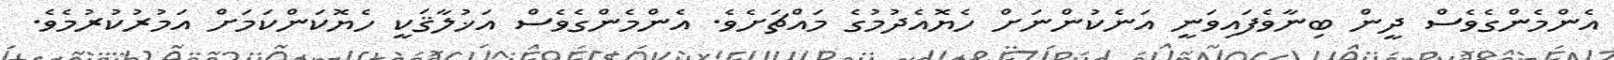
އެންމެންގެވެސް ދީން ބިނާވެފައިވަނީ އަނެކުންނަށް ހެޔޮއެދުމުގެ މައްޗަށެވެ. އެންމެންގެވެސް އަޚުލާޤަކީ ހެޔޮކަންކަމަށް އަމުރުކުރުމެވެ.